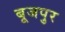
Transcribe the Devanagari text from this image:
बूजपुर